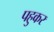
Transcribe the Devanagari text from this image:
पहुकर